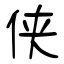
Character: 侠